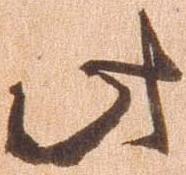
此